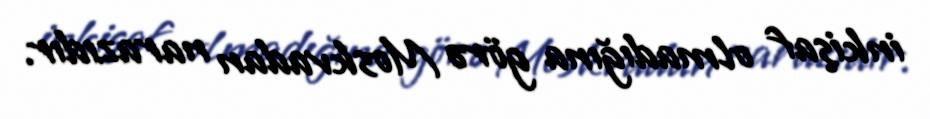
inkişaf olmadığına görə Moskvadan narazıdır.